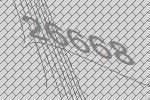
26668